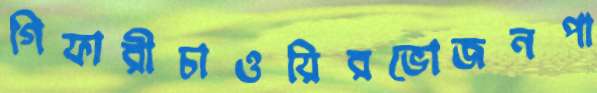
গিফারীচাওয়িরভোজনপা